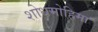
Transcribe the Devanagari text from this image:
शोधमोहिमा